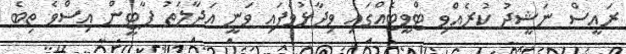
ރައީސް ނަޝީދު ކުރެއްވި ޓްވީޓެއްގައި ވިދާޅުވެފައި ވަނީ އަދާލަތު ޕާޓީން އިސްވެ ތިބެ